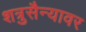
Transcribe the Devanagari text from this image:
शत्रुसैन्यावर